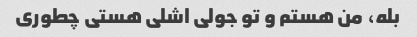
بله، من هستم و تو جولی اشلی هستی چطوری